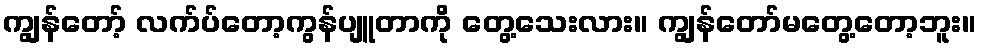
ကျွန်တော့် လက်ပ်တော့ကွန်ပျူတာကို တွေ့သေးလား။ ကျွန်တော်မတွေ့တော့ဘူး။